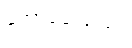
အော်ခေါ်သည်။